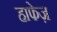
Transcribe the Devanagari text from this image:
हाफेज़